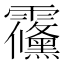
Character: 䨹